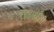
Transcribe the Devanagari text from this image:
चामं।